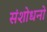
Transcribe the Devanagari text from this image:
संशोधनो